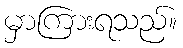
မှာကြားရသည်။